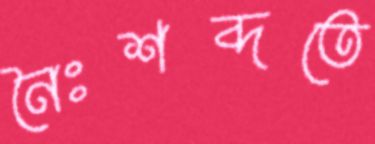
নৈঃশব্দতে